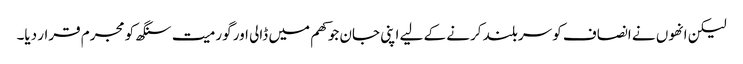
لیکن انھوں نے انصاف کو سربلند کرنے کے لیے اپنی جان جوکھم میں ڈالی اور گورمیت سنگھ کو مجرم قرار دیا۔